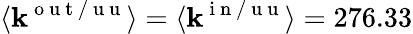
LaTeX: \langle\mathbf{k}^{\mathrm{{~o~u~t~/~u~u~}}}\rangle=\langle\mathbf{k}^{\mathrm{{~i~n~/~u~u~}}}\rangle=276.33